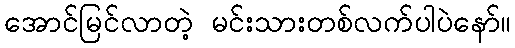
အောင်မြင်လာတဲ့ မင်းသားတစ်လက်ပါပဲနော်။